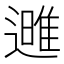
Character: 𮟌